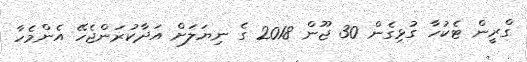
ގްރީން ޓެކުހާ ގުޅިގެން 30 ޖޫން 2018 ގެ ނިޔަލަށް އަދާކުރަންޖެހޭ އެންމެހާ